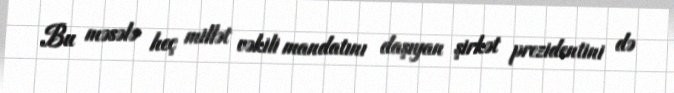
Bu məsələ heç millət vəkili mandatını daşıyan şirkət prezidentini də